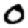
Digit: 0